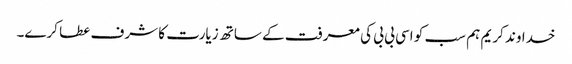
خداوند کریم ہم سب کو اسی بی بی کی معرفت کے ساتھ زیارت کا شرف عطا کرے۔